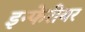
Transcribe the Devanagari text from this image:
इन्फेरीयर